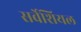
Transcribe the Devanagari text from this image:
सर्वेशियल